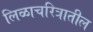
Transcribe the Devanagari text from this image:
लिळाचरित्रातील